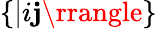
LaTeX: \{ |i\mathbf{j}\rrangle\}